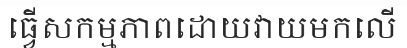
ធ្វើសកម្មភាពដោយវាយមកលើ